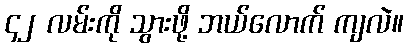
၄၂ လမ်းကို သွားဖို့ ဘယ်လောက် ကျလဲ။